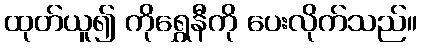
ထုတ်ယူ၍ ကိုရွှေနီကို ပေးလိုက်သည်။